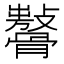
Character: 𩪨